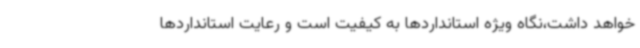
خواهد داشت،نگاه ویژه استانداردها به کیفیت است و رعایت استانداردها